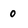
Character: 0